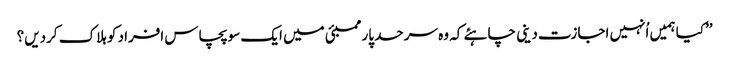
’’کیا ہمیں اُنہیں اجازت دینی چاہئے کہ وہ سرحد پار ممبئی میں ایک سو پچاس افراد کو ہلاک کردیں؟